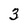
Character: 3